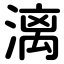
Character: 漓